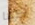
كما